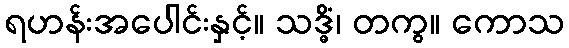
ရဟန်းအပေါင်းနှင့်။ သဒ္ဓိံ၊ တကွ။ ကောသ